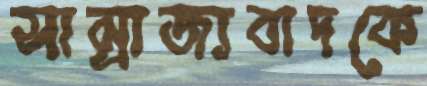
সাম্রাজ্যবাদকে